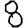
Digit: 8